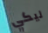
ليكي